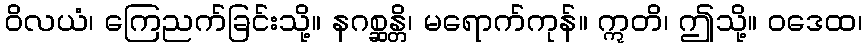
ဝိလယံ၊ ကြေညက်ခြင်းသို့။ နဂစ္ဆန္တိ၊ မရောက်ကုန်။ ဣတိ၊ ဤသို့။ ဝဒေထ၊